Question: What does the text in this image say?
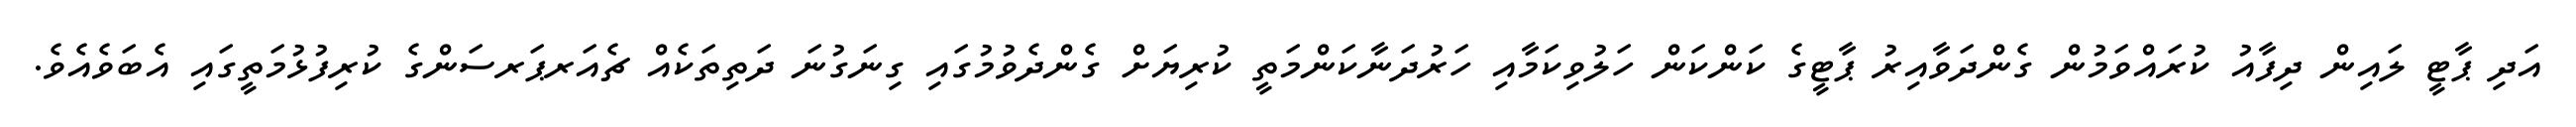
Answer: އަދި ޕާޓީ ލައިން ދިފާއު ކުރައްވަމުން ގެންދަވާއިރު ޕާޓީގެ ކަންކަން ހަލުވިކަމާއި ހަރުދަނާކަންމަތީ ކުރިޔަށް ގެންދެވުމުގައި ގިނަގުނަ ދަތިތަކެއް ޗެއަރޕަރސަންގެ ކުރިފުޅުމަތީގައި އެބަވެއެވެ.